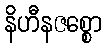
နိဟီနဇစ္စော